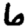
Digit: 6